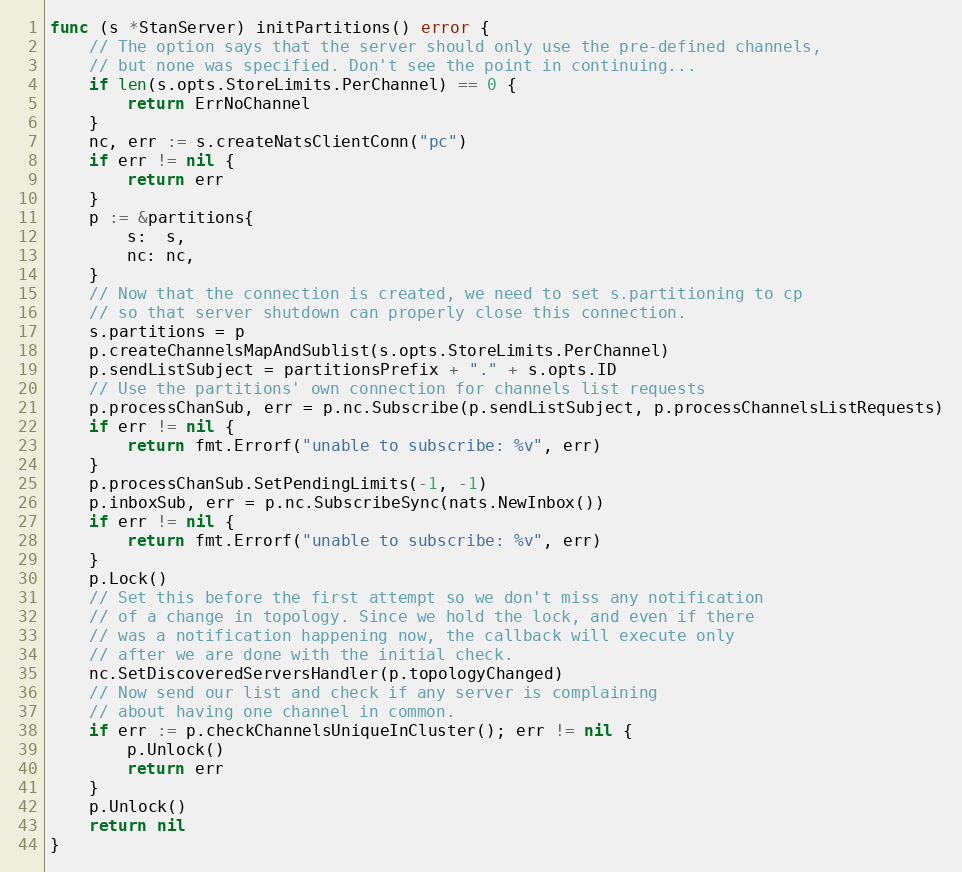
Language: Go
func (s *StanServer) initPartitions() error {
	// The option says that the server should only use the pre-defined channels,
	// but none was specified. Don't see the point in continuing...
	if len(s.opts.StoreLimits.PerChannel) == 0 {
		return ErrNoChannel
	}
	nc, err := s.createNatsClientConn("pc")
	if err != nil {
		return err
	}
	p := &partitions{
		s:  s,
		nc: nc,
	}
	// Now that the connection is created, we need to set s.partitioning to cp
	// so that server shutdown can properly close this connection.
	s.partitions = p
	p.createChannelsMapAndSublist(s.opts.StoreLimits.PerChannel)
	p.sendListSubject = partitionsPrefix + "." + s.opts.ID
	// Use the partitions' own connection for channels list requests
	p.processChanSub, err = p.nc.Subscribe(p.sendListSubject, p.processChannelsListRequests)
	if err != nil {
		return fmt.Errorf("unable to subscribe: %v", err)
	}
	p.processChanSub.SetPendingLimits(-1, -1)
	p.inboxSub, err = p.nc.SubscribeSync(nats.NewInbox())
	if err != nil {
		return fmt.Errorf("unable to subscribe: %v", err)
	}
	p.Lock()
	// Set this before the first attempt so we don't miss any notification
	// of a change in topology. Since we hold the lock, and even if there
	// was a notification happening now, the callback will execute only
	// after we are done with the initial check.
	nc.SetDiscoveredServersHandler(p.topologyChanged)
	// Now send our list and check if any server is complaining
	// about having one channel in common.
	if err := p.checkChannelsUniqueInCluster(); err != nil {
		p.Unlock()
		return err
	}
	p.Unlock()
	return nil
}